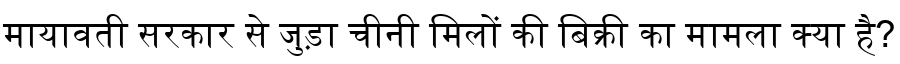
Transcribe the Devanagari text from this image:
मायावती सरकार से जुड़ा चीनी मिलों की बिक्री का मामला क्या है?